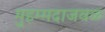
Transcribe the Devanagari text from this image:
मुहम्मदाजवळ